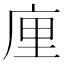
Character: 㢆